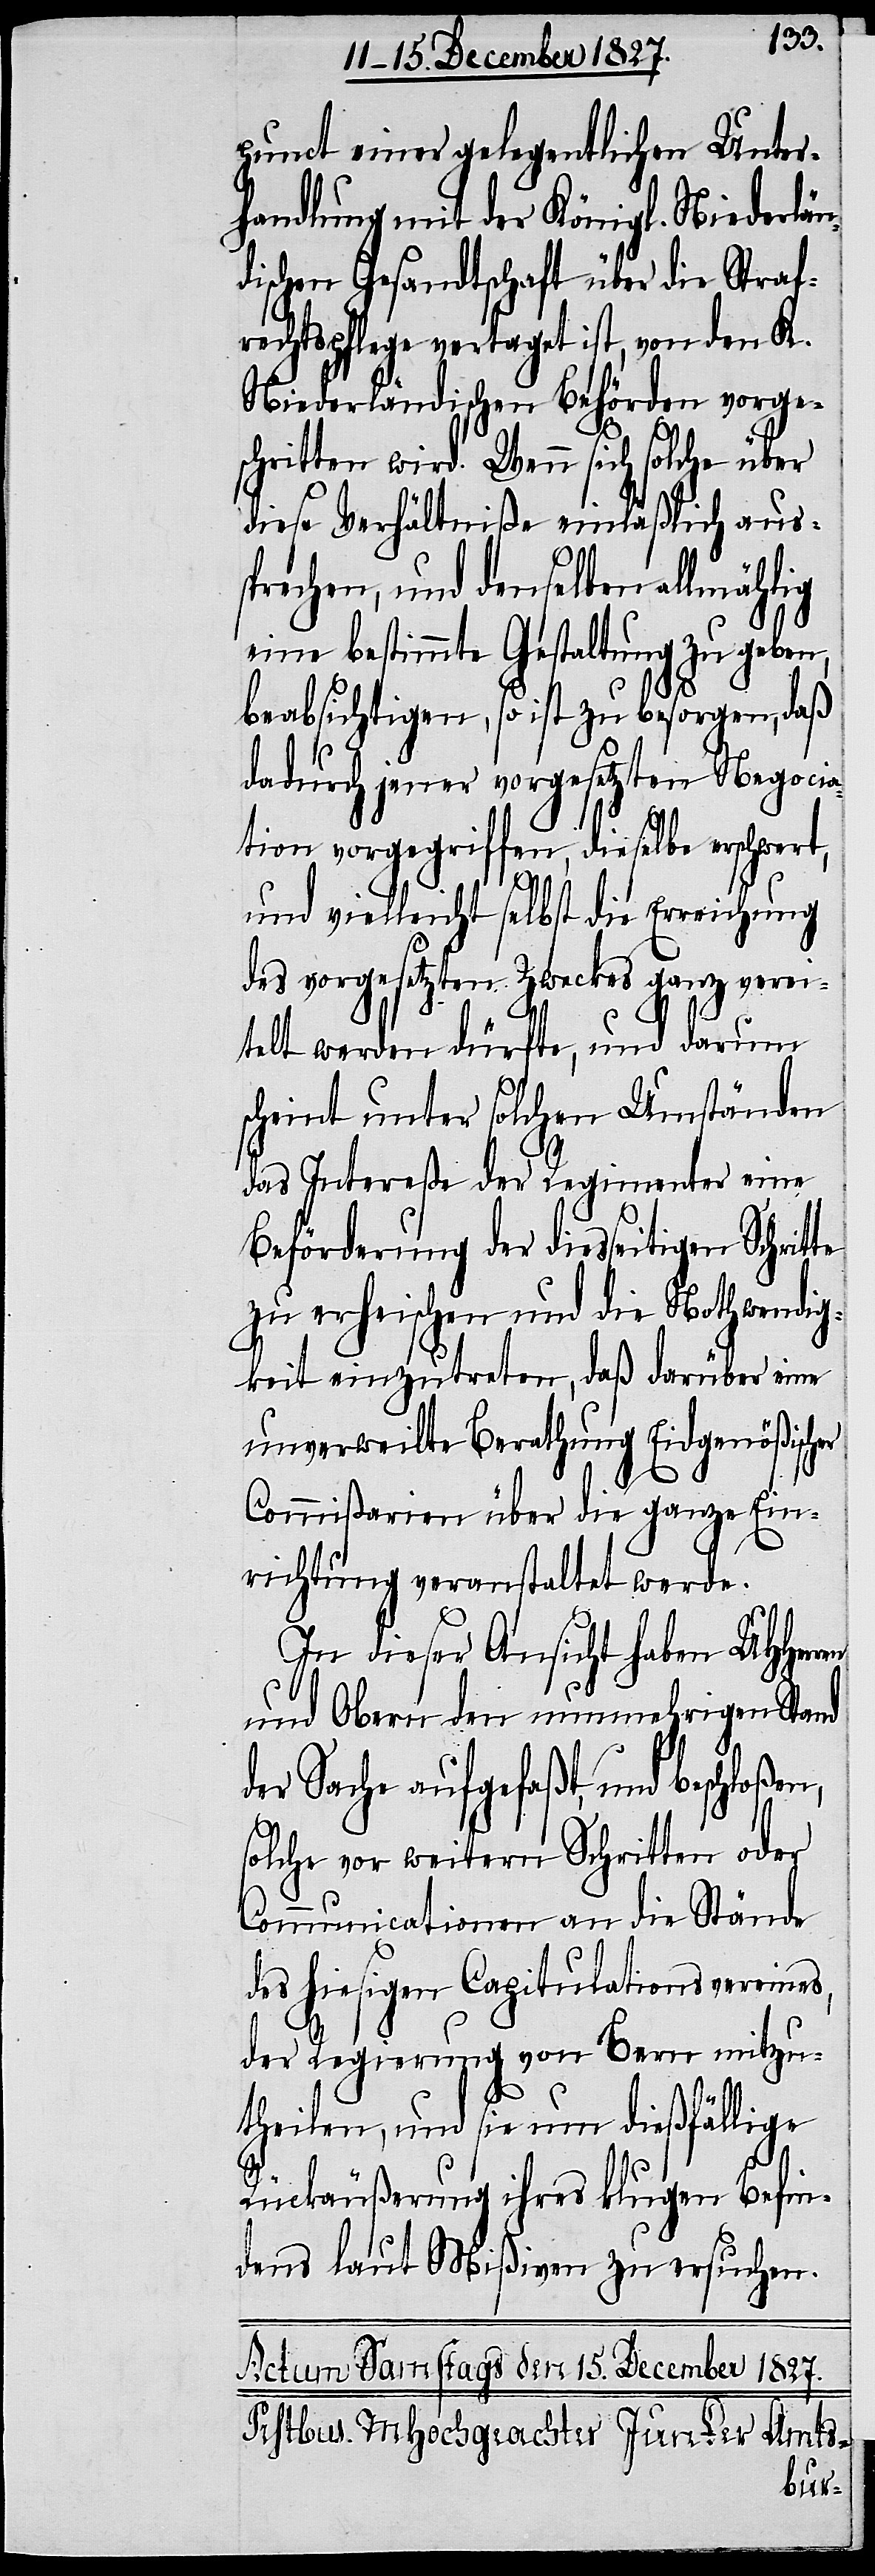
punct einer gelegentlichen Unter¬
handlung mit der Königl. Niederlän¬
dischen Gesandtschaft über die Straf¬
rechtspflege vertaget ist, von dem K.
Niederländischen Behörden vorge¬
schritten wird. Wenn sich solche über
diese Verhältniße einläßlich aus¬
sprechen, und denselben allmählig
eine bestimmte Gestaltung zu geben,
beabsichtigen, so ist zu besorgen, daß
dadurch jener vorgesetzten Negocia¬
tion vorgegriffen, dieselbe erschwert,
und vielleicht selbst die Erreichung
des vorgesetzten Zweckes ganz verei¬
telt werden dürfte, und darum
scheint unter solchen Umständen
das Intereße der Regimenter eine
Beförderung der diesseitigen Schrit¬
zu erheischen und die Nothwendig¬
keit einzutreten, daß darüber eine
unverweilte Berathung Eidgenößischer
Commißarien über die ganze Ein¬
richtung veranstaltet werde.
In dieser Ansicht haben UHHer¬
und Obern den nunmehrigen Stand
der Sache aufgefaßt, und beschloßen,
solche vor weitern Schritten oder
Communicationen an die Stände
des hiesigen Capitulationsvereines,
der Regierung von Bern mitzu¬
ren
theilen, und sie um dießfällige
Rückäußerung ihres klugen Befin¬
dens laut Mißiven zu ersuchen.